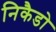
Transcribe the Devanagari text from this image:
निकैडो